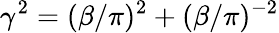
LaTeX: \gamma^{2}=(\beta/\pi)^{2}+(\beta/\pi)^{-2}